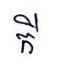
កី